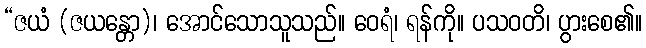
“ဇယံ (ဇယန္တော)၊ အောင်သောသူသည်။ ဝေရံ၊ ရန်ကို။ ပသဝတိ၊ ပွားစေ၏။